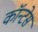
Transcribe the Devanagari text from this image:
कॉन्टेस